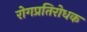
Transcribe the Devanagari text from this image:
रोगप्रतिरोधक